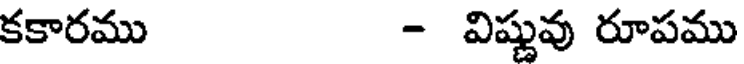
కకారము - విష్ణువు రూపము